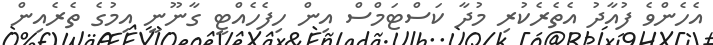
އެހެންވެ ފުއާދު އެތެރެކުރި މުދާ ކަސްޓަމްސް އިން ހިފެހެއްޓީ ގާނޫނީ އިމުގެ ތެރެއިން